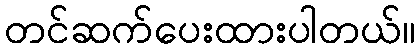
တင်ဆက်ပေးထားပါတယ်။